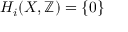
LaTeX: H _ { i } ( X , \mathbb { Z } ) = \{ 0 \}